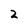
Character: 2